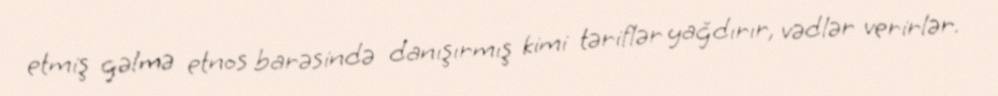
etmiş gəlmə etnos barəsində danışırmış kimi təriflər yağdırır, vədlər verirlər.